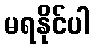
မရနိုင်ပါ